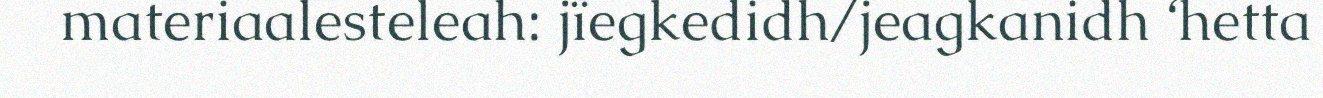
materiaalesteleah: jïegkedidh/jeagkanidh ‘hetta